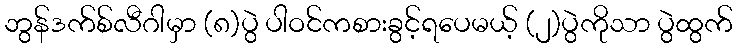
ဘွန်ဒက်စ်လီဂါမှာ (၈)ပွဲ ပါဝင်ကစားခွင့်ရပေမယ့် (၂)ပွဲကိုသာ ပွဲထွက်